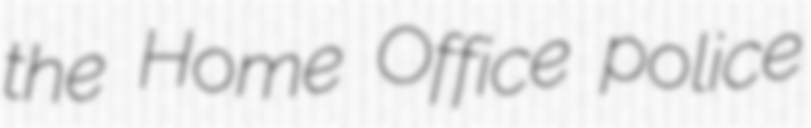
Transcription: the Home Office police